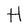
Character: H